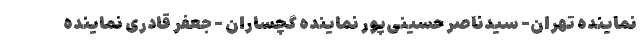
نماینده تهران- سیدناصر حسینی‌پور نماینده گچساران - جعفر قادری نماینده